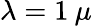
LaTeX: \lambda=1\: \mu